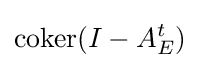
\operatorname {coker} (I-A_{E}^{t})